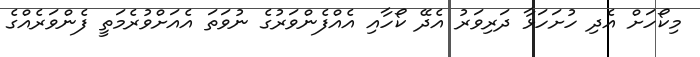
މިކޯހަށް އެދި ހުށަހަޅާ ދަރިވަރު އެދޭ ކޯހާއި އެއްފެންވަރުގެ ނުވަތަ އެއަށްވުރެމަތީ ފެންވަރެއްގެ